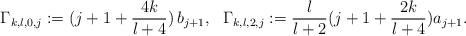
LaTeX: \begin{align*}\Gamma_{k,l,0,j} := (j+1+\frac{4k}{l+4}) \, b_{j+1}, \ \ \Gamma_{k,l,2,j} := \frac{l}{l+2} ( j+1+\frac{2k}{l+4} ) a_{j+1}.\end{align*}